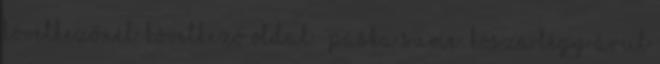
következőnél. Következő oldal » Páska Süme: Kósza légy árul